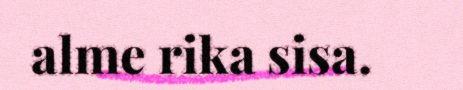
alme rika sisa.